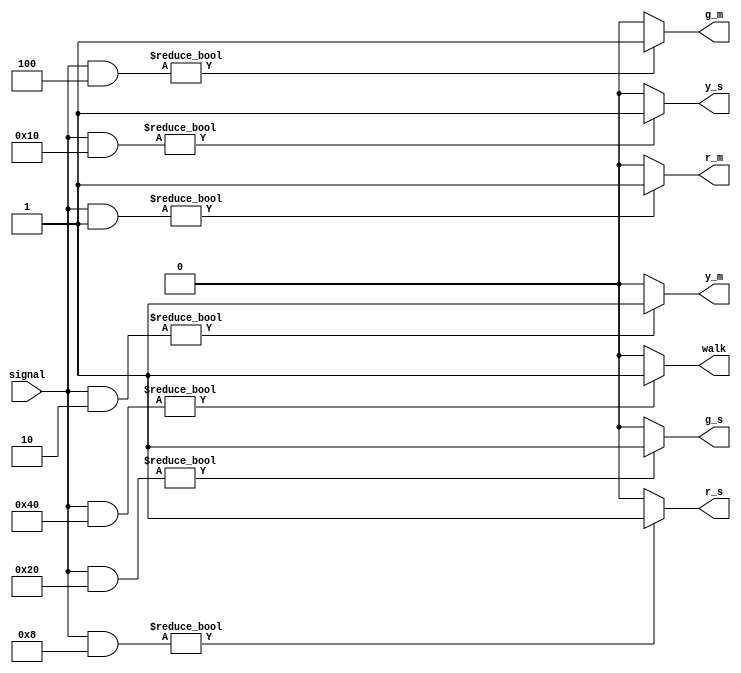
`timescale 1ns / 1ps
//////////////////////////////////////////////////////////////////////////////////
// Company: 
// Engineer: 
// 
// Design Name: 
// Module Name:    LEDs 
// Project Name: 
// Target Devices: 
// Tool versions: 
// Description: 
//
// Dependencies: 
//
// Revision: 
// Revision 0.01 - File Created
// Additional Comments: 
//
//////////////////////////////////////////////////////////////////////////////////
module LEDs(signal , r_m , y_m , g_m, r_s , y_s , g_s, walk);
	input [6:0] signal;
	output r_m , y_m , g_m, r_s , y_s , g_s, walk;

	parameter RED_MAIN 		= 7'b0000001;
	parameter YELLOW_MAIN 	= 7'b0000010;
	parameter GREEN_MAIN 	= 7'b0000100;
	parameter RED_SIDE 		= 7'b0001000;
	parameter YELLOW_SIDE 	= 7'b0010000;
	parameter GREEN_SIDE 	= 7'b0100000;
	parameter WALK 			= 7'b1000000;

	parameter ON = 1;
	parameter OFF = 0;
	
	//reg r_m, y_m, g_m, r_s, y_s, g_s, walk;

	reg r_m = OFF;
	reg y_m = OFF;
	reg g_m = OFF;
	reg r_s = OFF;
	reg y_s = OFF;
	reg g_s = OFF;
	reg walk = OFF;
	
	always @ ( signal )
	begin
		if (signal & RED_MAIN)
			begin
				r_m <= ON;
			end
		else
			begin
				r_m <= OFF;
			end
			
		if (signal & YELLOW_MAIN)
			begin
				y_m <= ON;
			end
		else
			begin
				y_m <= OFF;
			end
			
		if (signal & GREEN_MAIN)
			begin
				g_m <= ON;
			end
		else
			begin
				g_m <= OFF;
			end
			
		if (signal & RED_SIDE)
			begin
				r_s <= ON;
			end
		else
			begin
				r_s <= OFF;
			end
		
		if (signal & YELLOW_SIDE)
			begin
				y_s <= ON;
			end
		else
			begin
				y_s <= OFF;
			end
		
		if (signal & GREEN_SIDE)
			begin
				g_s <= ON;
			end
		else
			begin
				g_s <= OFF;
			end
		
		if (signal & WALK)
			begin
				walk <= ON;
			end
		else
			begin
				walk <= OFF;
			end			
	end
endmodule